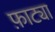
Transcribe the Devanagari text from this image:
फ़ाट्या